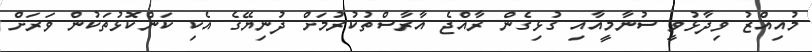
މުއިއްޒު ވިދާޅުވީ ސުނާމީއާއި ގުޅިގެން ރާއްޖެ އާރާސްތުކުރުމަށް ދުނިޔޭގެ އެކި ކަންކޮޅުތަކުން ވަރަށް